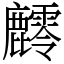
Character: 䴫